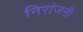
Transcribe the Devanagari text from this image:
निरांजनी